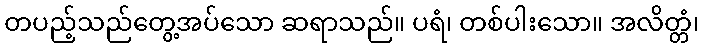
တပည့်သည်တွေ့အပ်သော ဆရာသည်။ ပရံ၊ တစ်ပါးသော။ အလိတ္တံ၊